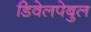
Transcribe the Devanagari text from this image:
डिवेलपेबुल